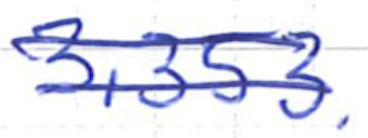
Text: 3,353.
Cross-out: double-line
Writing tool: ballpoint